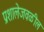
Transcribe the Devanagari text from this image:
प्रशालेजवळील